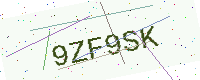
Text: 9ZF9SK